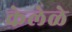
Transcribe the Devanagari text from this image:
केलेळे